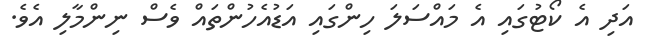
އަދި އެ ކޯޓުގައި އެ މައްސަލަ ހިންގައި އަޑުއެހުންތައް ވެސް ނިންމާލި އެވެ.